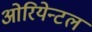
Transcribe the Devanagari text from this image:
ओरियेन्टल